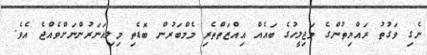
ނެގި ވަގުތު ރައްޔިތުންގެ މަޖިލީހުގެ ބައެއް އިއްޒަތްތެރި މެމްބަރުން ބޮޑެތި މިލިއަނަރުންނަށްވެއްޖެ އެވެ.